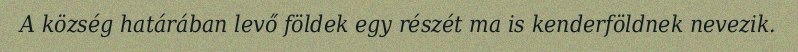
A község határában levő földek egy részét ma is kenderföldnek nevezik.